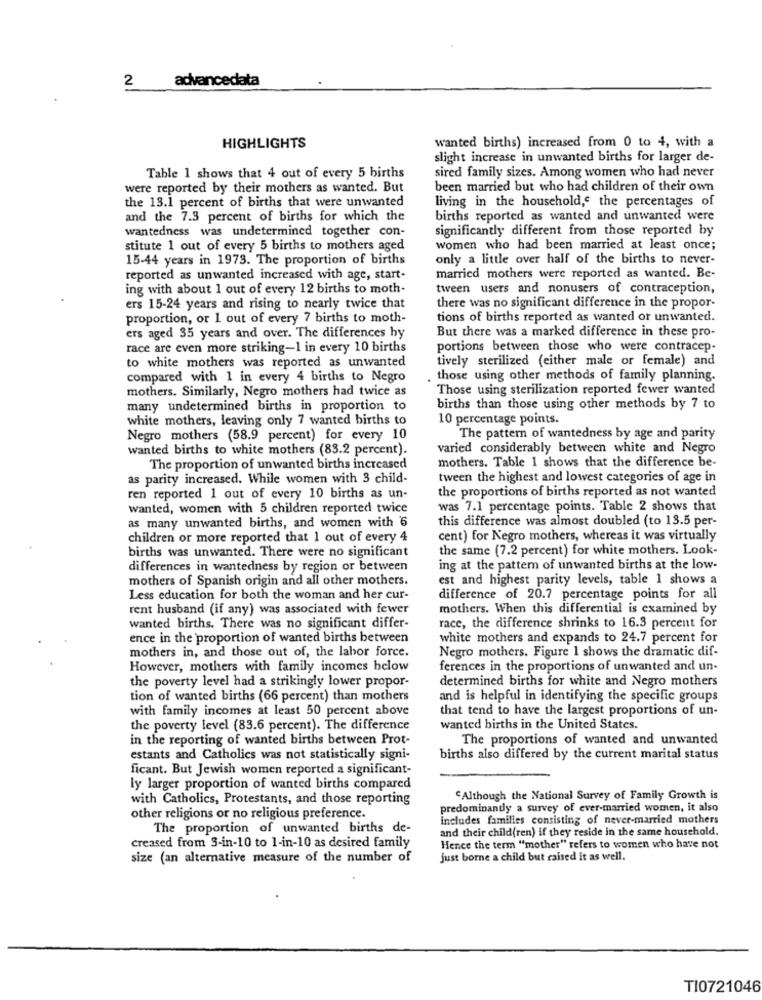
2
advancedata
wanted births) increased from 0 to 4, with a
HIGHLIGHTS
slight increase in unwanted births for larger de-
Table 1 shows that 4 out of every 5 births
sired family sizes. Among women who had never
were reported by their mothers as wanted. But
been married but who had children of their own
the 13.1 percent of births that were unwanted
living in the household," the percentages of
and the 7.3 percent of births for which the
births reported as wanted and unwanted were
wantedness was undetermined together con-
significantly different from those reported by
stitute 1 out of every 5 births to mothers aged
women who had been married at least once;
15-44 years in 1973. The proportion of births
only a little over half of the births to never-
reported as unwanted increased with age, start-
married mothers were reported as wanted. Be-
ing with about 1 out of every 12 births to moth-
tween users and nonusers of contraception,
ers 15-24 years and rising to nearly twice that
there was no significant difference in the propor-
proportion, or 1 out of every 7 births to moth-
tions of births reported as wanted or unwanted.
But there was a marked difference in these pro-
ers aged 35 years and over. The differences hy
race are even more striking-1 in every 10 births
portions between those who were contracep-
tively sterilized (either male or female) and
to white mothers was reported as unwanted
compared with 1 in every 4 births to Negro
those using other methods of family planning.
mothers. Similarly, Negro mothers had twice as
Those using sterilization reported fewer wanted
many undetermined births in proportion to
births than those using other methods by 7 to
white mothers, leaving only 7 wanted births to
10 percentage points.
Negro mothers (58.9 percent) for every 10
The pattern of wantedness by age and parity
wanted births to white mothers (83.2 percent).
varied considerably between white and Negro
mothers. Table 1 shows that the difference be-
The proportion of unwanted births increased
as parity increased. While women with 3 child-
tween the highest and lowest categories of age in
the proportions of births reported as not wanted
ren reported 1 out of every 10 births as un-
wanted, women with 5 children reported twice
was 7.1 percentage points. Table 2 shows that
this difference was almost doubled (to 13.5 per-
as many unwanted births, and women with 6
children or more reported that 1 out of every 4
cent) for Negro mothers, whereas it was virtually
births was unwanted. There were no significant
the same (7.2 percent) for white mothers. Look-
differences in wantedness by region or between
ing at the pattem of unwanted births at the low-
mothers of Spanish origin and all other mothers.
est and highest parity levels, table 1 shows a
Less education for both the woman and her cur-
difference of 20.7 percentage points for all
rent husband (if any) was associated with fewer
mothers. When this differential is examined by
wanted births. There was no significant differ-
race, the difference shrinks to 16.3 percent for
ence in the proportion of wanted births between
white mothers and expands to 24.7 percent for
mothers in, and those out of, the labor force.
Negro mothers. Figure 1 shows the dramatic dif-
However, mothers with family incomes below
ferences in the proportions of unwanted and un-
determined births for white and Negro mothers
the poverty level had a strikingly lower propor-
tion of wanted births (66 percent) than mothers
and is helpful in identifying the specific groups
with family incomes at least 50 percent above
that tend to have the largest proportions of un-
the poverty level (83.6 percent). The difference
wanted births in the United States.
in the reporting of wanted births between Prot-
The proportions of wanted and unwanted
estants and Catholics was not statistically signi-
births also differed by the current marital status
ficant. But Jewish women reported a significant-
ly larger proportion of wanted births compared
with Catholics, Protestants, and those reporting
"Although the National Survey of Family Growth is
predominantly a survey of ever-married women, it also
other religions or no religious preference.
Includes families consisting of never-married mothers
The proportion of unwanted births de-
and their child(ren) if they reside in the same household.
creased from 3-in-10 to 1-in-10 as desired family
Hence the term "mother" refers to women who have not
size (an alternative measure of the number of
just borne a child but raised it as well.
TI0721046